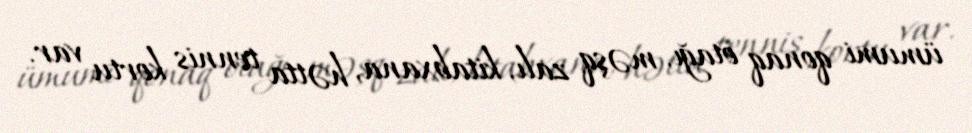
ümumi qonaq otağı, məşq zalı, kitabxana, hətta tennis kortu var.